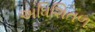
અધિશિતળ